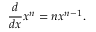
{ \frac { d } { d x } } x ^ { n } = n x ^ { n - 1 } .